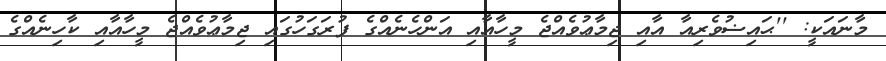
މާނައަކީ: ''ޙައިޟުވެރިއާ އާއި ޖިމާޢުވެއްޖެ މީހާއާއި އަންހެނެއްގެ ފުރަގަހުގައި ޖިމާޢުވެއްޖެ މީހާއާއި ކާހިނެއްގެ